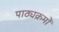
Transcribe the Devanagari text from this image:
पाठ्यक्रमोँ